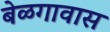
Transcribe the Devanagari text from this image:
बेळगावास